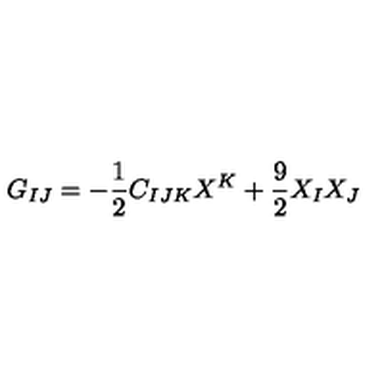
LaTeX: G _ { I J } = - { \frac { 1 } { 2 } } C _ { I J K } X ^ { K } + { \frac { 9 } { 2 } } X _ { I } X _ { J }